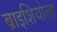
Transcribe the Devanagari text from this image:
ब्राइशियोला